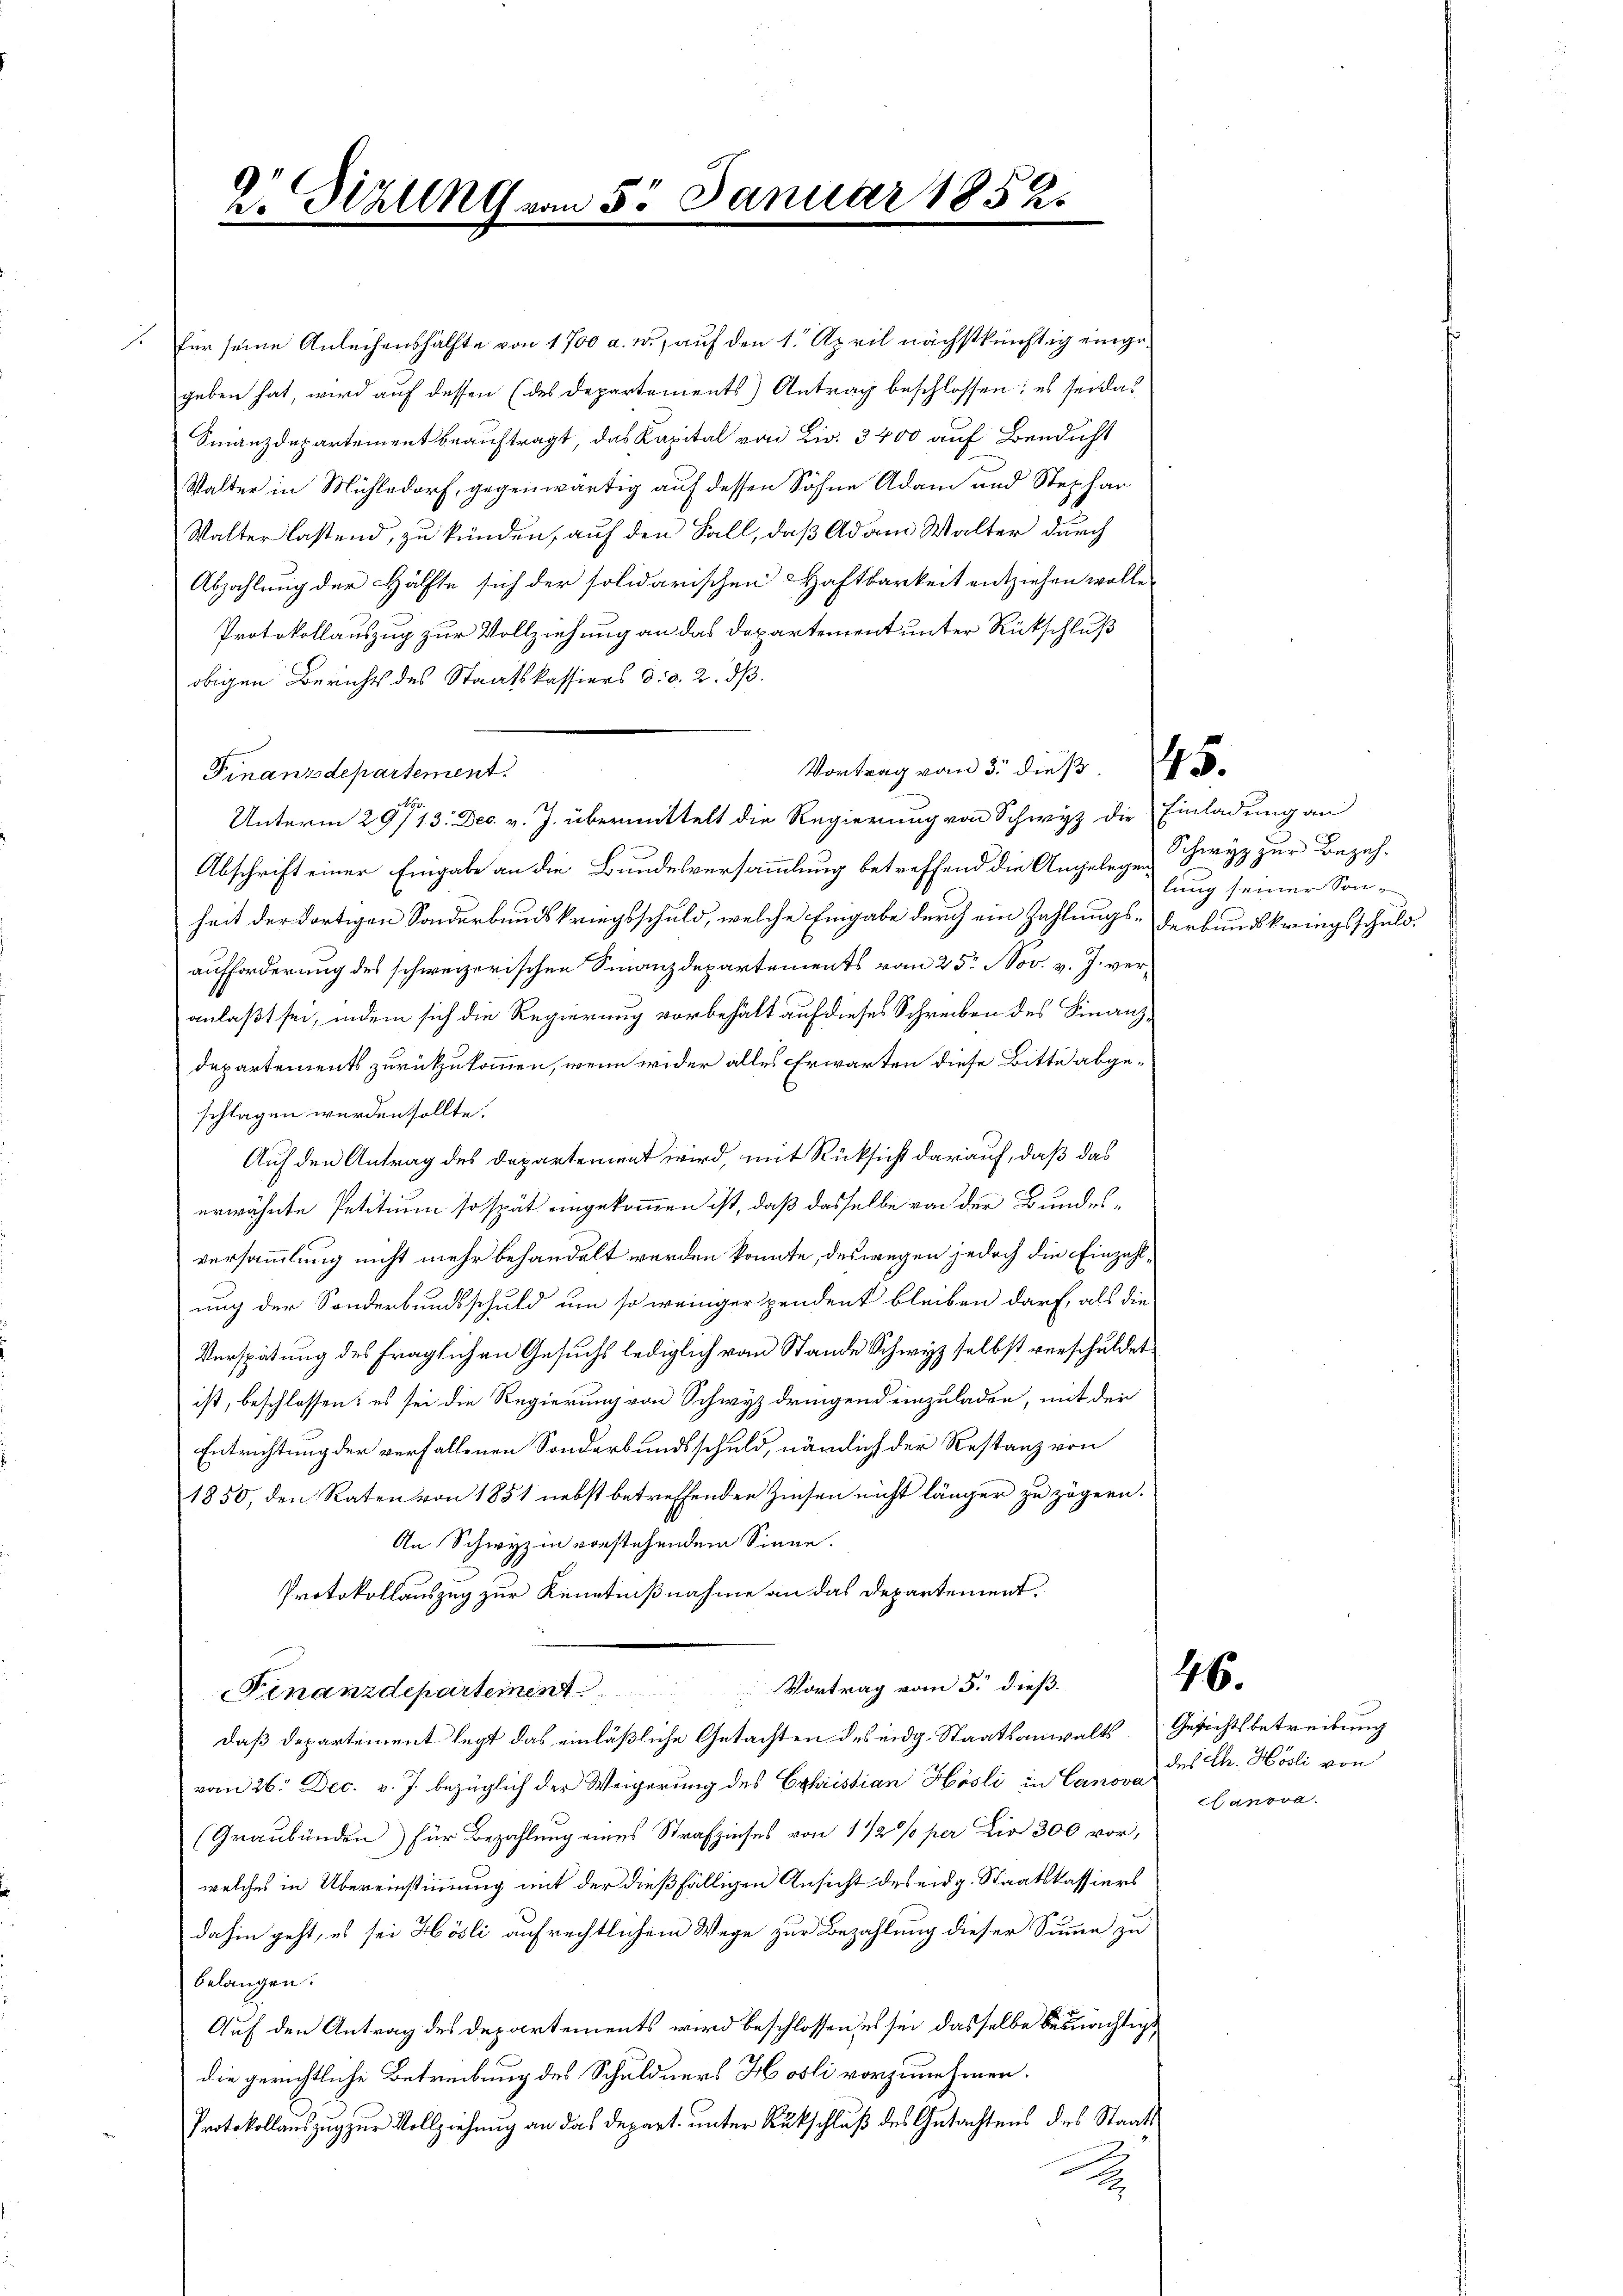
für seine Anleihenshälfte von 1700 a. c., auf den 1. April nächstkünftig eingegeben hat, wird auf dessen (des Departements) Antrag beschlossen; es sei das
Finanzdepartement beauftragt, das Kapital von Liv. 3400 auf Bendicht
Walter in Mühledorf, gegenwärtig auf dessen Söhne Adam und Stephar
Walter lastend, zu künden, auf den Fall, daß Adam Walter durch
Abzahlung der Hälfte sich der solidarischen Haftbarkeit entziehen wolle,
Protokollauszug zur Vollziehung an das Departement unter Rückschluß
obigen Berichts des Staatskassiers d. d. 2. dß.
Finanzdepartement.
No
Abschrift einer Eingabe an die Bundesversammlung betreffend die Angelegen Schwyz zur Bezahheit der dortigen Sonderbundskriegsschuld, welche Eingabe durch ein Zahlungs- derbundskringsschuldaufforderung des schweizerischen Finanzdepartements vom 25. Nov. v. J. veranlaßt sei, indem sich die Regierung vorbehält auf dieses Schreiben des Finanzdepartements zurückzukommen, wenn wider alles Erwarten diese Bitte abgeschlagen werden sollte.
Auf den Antrag des Departement wird, mit Rücksicht darauf, daß das
erwähnte Petitium so spät eingekommen ist, daß dasselbe von der Bundesversammlung nicht mehr behandelt werden könnte, deswegen jedoch die Einzahlung der Sonderbundsschuld um so weniger pendent bleiben darf, als die
Verspätung des fraglichen Gesuchs lediglich von Stande Schwyz selbst verschuldet
ist, beschlossen: es sei die Regierung von Schwyz dringend einzuladen, mit den
Entrichtung der verfallenen Sonderbundsschuld, nämlich der Restanz von
1850, den Raten von 1851 nebst betreffenden Zinsen nicht länger zu zögern.
An Schwyz in vorstehendem Sinne.
Protokollauszug zur Kenntnißnahme an das Departement.
Finanzdepartement Vortrag vom 3. dieß.
daß Departement legt das einläßliche Gutachten des eidg. Staatsanwalts Gesichtsbetreibung
vom 26. Dec. v. J. bezüglich der Weigerung des Christian Hösli in Canova des Ch. Hösli
(Graubünden) für Bezahlung eines Strafzinses von 1 1/2% per Dir 300 vor,
welches in Übereinstimmung mit der dießfälligen Ansicht des eidg. Staatskassiers
dahin geht, es sei Hösli aufrechtlichem Wege zur Bezahlung dieser Summe zu
belangen.
Auf den Antrag des Departements wird beschlossen, es sei dasselbe bemächtigs
die gerichtliche Betreibung des Schuldners Hosli vorzunehmen.
Protokollauszug zur Vollziehung an das Depart. unter Rükschluß des Gutachtens des Staats
A

V. Sizung vom 5. Januar 1852.

Unterm 29/13. Dec. v. J. übermittelt die Regierung von Schwyz die Einladung an

Vortrag vom 5. dieß

lung seiner Son-

46.

Canova